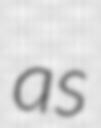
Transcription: as